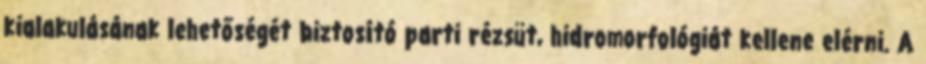
kialakulásának lehetőségét biztosító parti rézsüt, hidromorfológiát kellene elérni. A